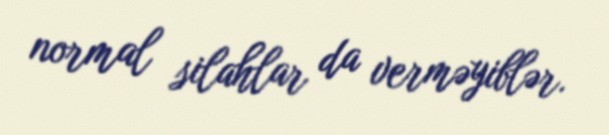
normal silahlar da verməyiblər.